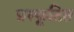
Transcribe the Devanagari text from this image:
प्रस्फूटित